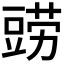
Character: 鿲